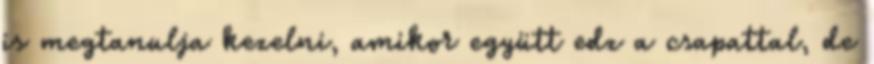
is megtanulja kezelni, amikor együtt edz a csapattal, de